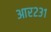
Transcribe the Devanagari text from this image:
आर२३१